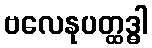
ဗလေနုပတ္ထဒ္ဓါ